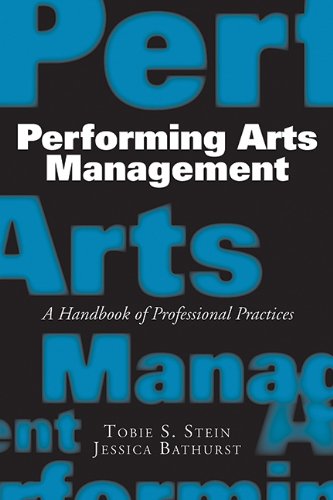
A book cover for Performing Arts Management: A Handbook of Professional Practices; Tobie S. Stein; Business & Money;